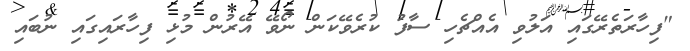
"ފިހާރަތެރޭގައި އަލުވި އެއްޗެހި ސާފު ކުރެވޭކަން ނޯވޭ އޭރުން މުޅި ފިހާރައިގައި ނުބައި